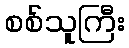
စစ်သူကြီး